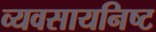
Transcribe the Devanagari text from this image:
व्यवसायनिष्ट